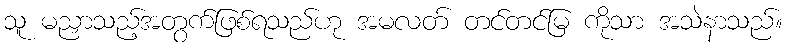
သူ မညှာသည့်အတွက်ဖြစ်ရသည်ဟု အမလတ် တင်တင်မြ ကိုသာ အသဲနာသည်။